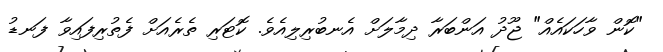
"ކޮން ވާހަކައެއް" ޖޫދު އަންބަރާ ދިމާލަށް އެނބުރިލިއެވެ. ކޮޓަރި ތެރެއަށް ފެތުރިފައިވާ ފަނޑު